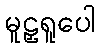
မူဠှရူပေါ